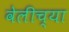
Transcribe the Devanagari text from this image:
वेलीच्या